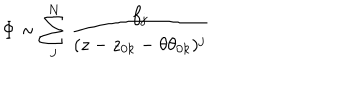
\Phi \sim \sum _ { j } ^ { N } \frac { f _ { j } } { ( z - z _ { 0 k } - \theta \theta _ { 0 k } ) ^ { j } }